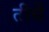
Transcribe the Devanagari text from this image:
तीर्थें